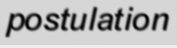
postulation